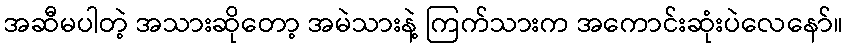
အဆီမပါတဲ့ အသားဆိုတော့ အမဲသားနဲ့ ကြက်သားက အကောင်းဆုံးပဲလေနော်။